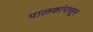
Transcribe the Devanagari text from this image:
पालकांपासून